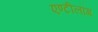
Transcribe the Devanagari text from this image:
एण्टीलॉग